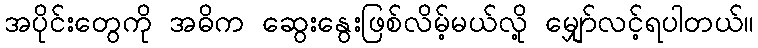
အပိုင်းတွေကို အဓိက ဆွေးနွေးဖြစ်လိမ့်မယ်လို့ မျှော်လင့်ရပါတယ်။